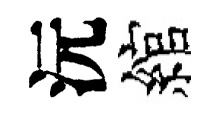
沅綰